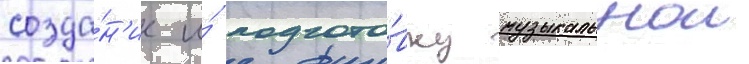
созда́н'ие и́ подгото́вку музыкальнои